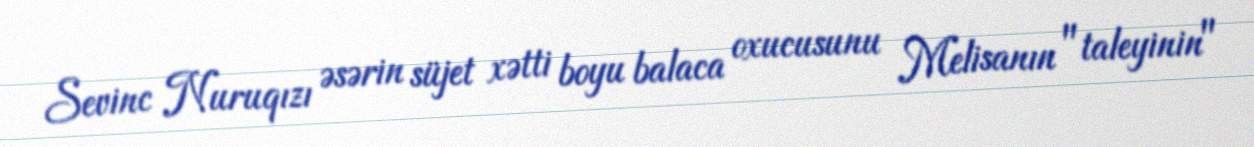
Sevinc Nuruqızı əsərin süjet xətti boyu balaca oxucusunu Melisanın "taleyinin"